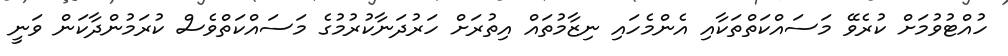
ހުއްޓުވުމަށް ކުރެވޭ މަސައްކަތްތަކާއި އެންމެހައި ނިޒާމުތައް އިތުރަށް ހަރުދަނާކުރުމުގެ މަސައްކަތްވެސް ކުރަމުންދާކަން ވަނީ